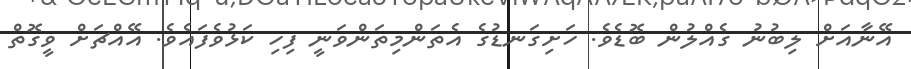
އޭނާއަށް ލިބުނު ގެއްލުން ބޮޑެވެ. ހަށިގަނޑުގެ އެތަންމިތަންވަނީ ފިހި ކަޅުވެފައެވެ. އޭއްޗަށް ވީގޮތް